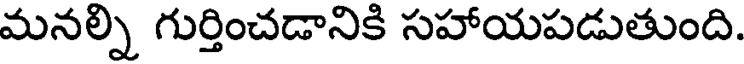
మనల్ని గుర్తించడానికి సహాయపడుతుంది.